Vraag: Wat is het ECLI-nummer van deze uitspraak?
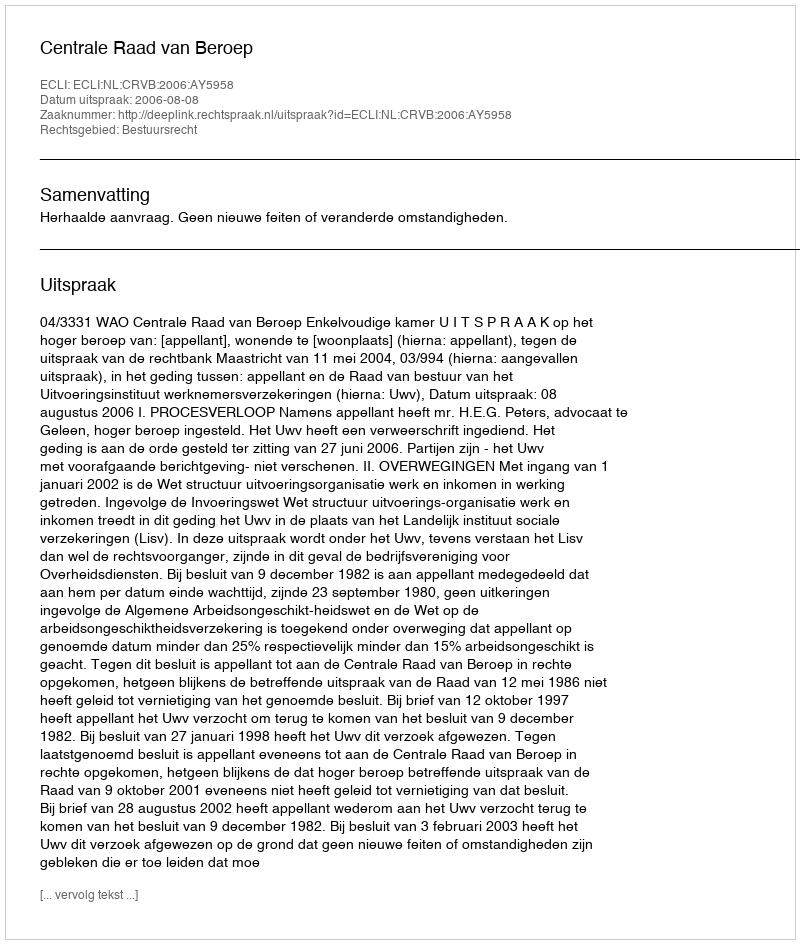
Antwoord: ECLI:NL:CRVB:2006:AY5958